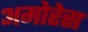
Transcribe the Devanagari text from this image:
अमोरेस